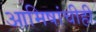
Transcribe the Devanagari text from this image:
आमिषांचीही